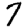
Digit: 7